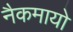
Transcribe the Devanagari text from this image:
नैकमायो